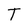
Character: T